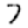
Digit: 7